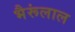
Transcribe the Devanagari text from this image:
भैरूंलाल